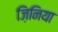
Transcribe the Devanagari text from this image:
ज़िनिया